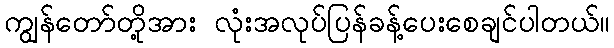
ကျွန်တော်တို့အား လုံးအလုပ်ပြန်ခန့်ပေးစေချင်ပါတယ်။